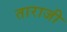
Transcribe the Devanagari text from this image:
ताराजी